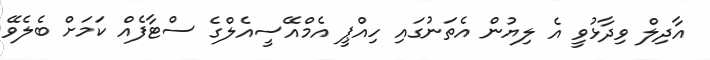
އާދިލް ވިދާޅުވީ އެ ލިޔުން އެތަނުގައި ހިއްޕީ އެމްއޭސީއެލްގެ ސްޓާފެއް ކަމަށް ބެލެވޭ